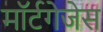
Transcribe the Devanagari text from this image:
मॉर्टगेजेस